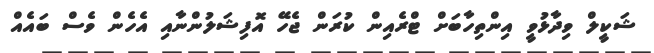
ޝަކީލް ވިދާޅުވީ އިންތިހާބަށް ޓްރެއިން ކުރަން ޖެހޭ އޮފިޝަލުންނާއި އެހެން ވެސް ބައެއް